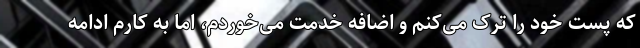
که پست خود را ترک می‌کنم و اضافه خدمت می‌خوردم، اما به کارم ادامه